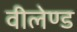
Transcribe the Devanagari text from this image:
वीलेण्ड